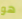
هو